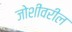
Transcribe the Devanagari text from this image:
जोशींवरील